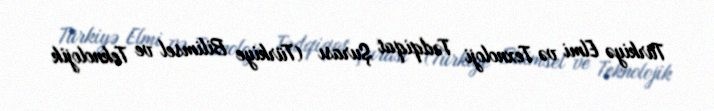
Türkiyə Elmi və Texnoloji Tədqiqat Şurası (Türkiye Bilimsel ve Teknolojik